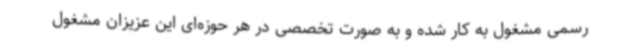
رسمی مشغول به کار شده و به صورت تخصصی در هر حوزه‌ای این عزیزان مشغول